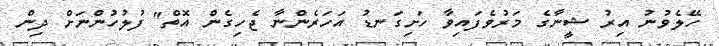
ހޭލެވުނު އިރު ޝީނާގެ މަރުވެފައިވާ ހަށިގަނޑު އަހަރެންނާ ޖެހިގެން އޮތް" ފުލުހުންނަށް ދިން